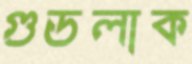
গুডলাক